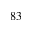
^ { 8 3 }